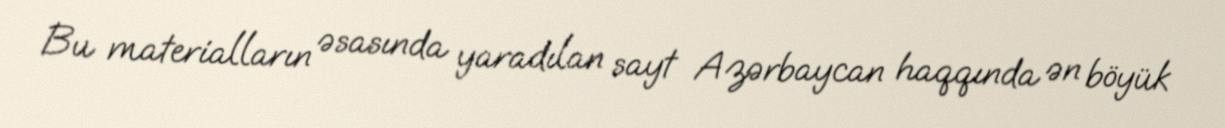
Bu materialların əsasında yaradılan sayt Azərbaycan haqqında ən böyük